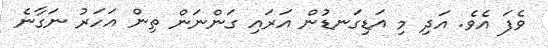
ވެފަ އެވެ. އަދި މި އަޑިގަނޑުން އަރައި ގަންނަން ތިން އަހަރު ނަގާނެ